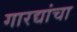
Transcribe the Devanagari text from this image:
गारद्यांचा